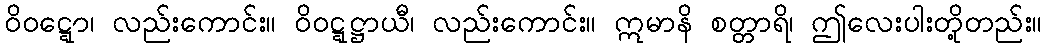
ဝိဝဋ္ဋော၊ လည်းကောင်း။ ဝိဝဋ္ဋဋ္ဌာယီ၊ လည်းကောင်း။ ဣမာနိ စတ္တာရိ၊ ဤလေးပါးတို့တည်း။